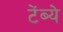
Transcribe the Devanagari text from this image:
टेंब्ये